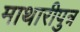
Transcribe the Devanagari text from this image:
माथारीपुत्र